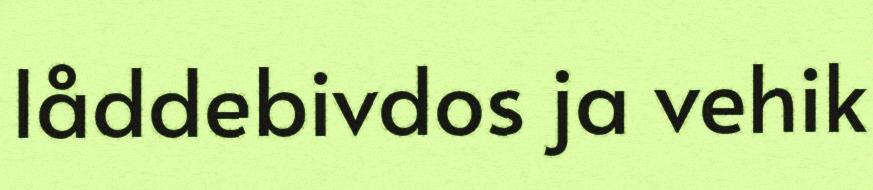
låddebivdos ja vehik